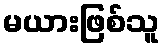
မယားဖြစ်သူ